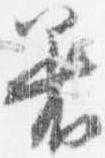
着